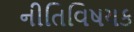
નીતિવિષયક